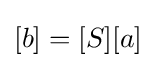
[b]=[S][a]